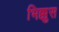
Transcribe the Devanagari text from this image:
भिक्कुस